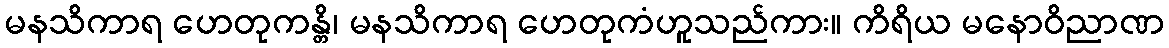
မနသိကာရ ဟေတုကန္တိ၊ မနသိကာရ ဟေတုကံဟူသည်ကား။ ကိရိယ မနောဝိညာဏ